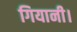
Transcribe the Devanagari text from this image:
गियानी।